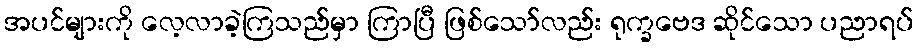
အပင်များကို လေ့လာခဲ့ကြသည်မှာ ကြာပြီ ဖြစ်သော်လည်း ရုက္ခဗေဒ ဆိုင်သော ပညာရပ်